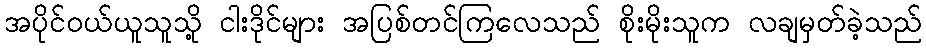
အပိုင်ဝယ်ယူသူသို့ ငါးဒိုင်များ အပြစ်တင်ကြလေသည် စိုးမိုးသူက လချမှတ်ခဲ့သည်